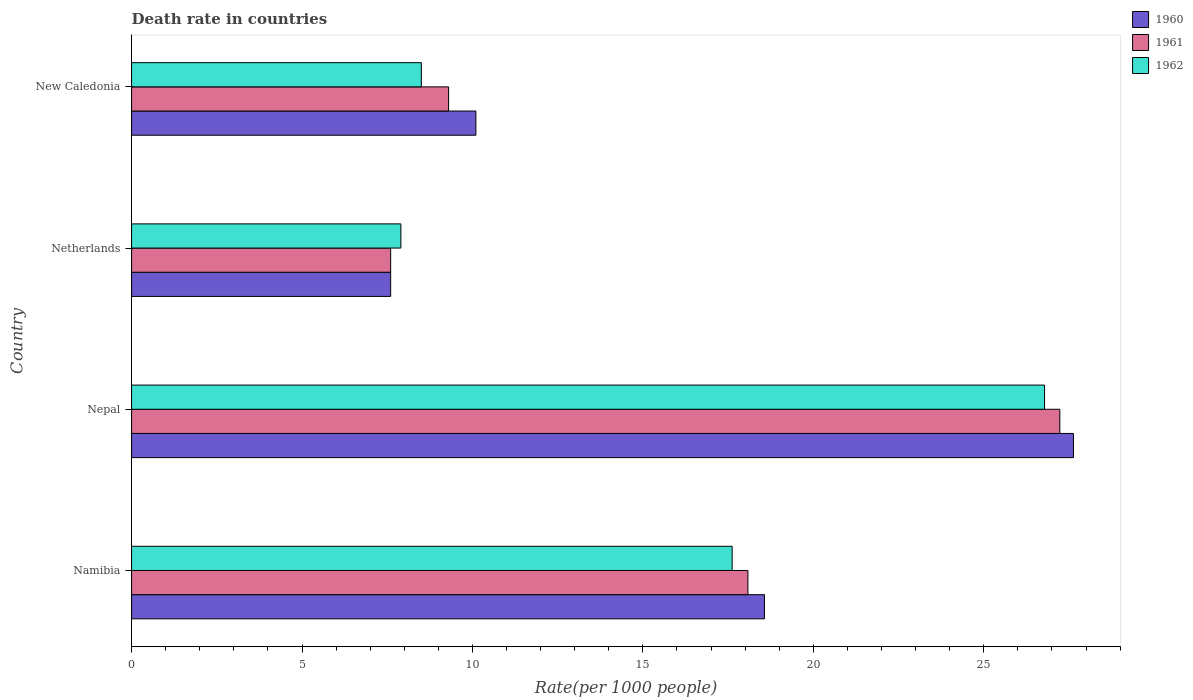
| Country | 1960 | 1961 | 1962 |
 | --- | --- | --- | --- |
 | Namibia | 18.6 | 18.1 | 17.6 |
 | Nepal | 27.6 | 27.2 | 26.8 |
 | Netherlands | 7.6 | 7.6 | 7.9 |
 | New Caledonia | 10.1 | 9.3 | 8.5 |